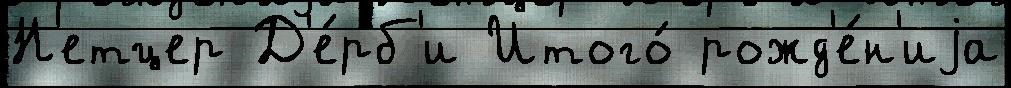
Н'етцер Д'е́рб'и Итого́ рожд'е́н'иjа